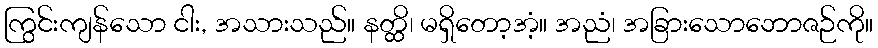
ကြွင်းကျန်သော ငါး, အသားသည်။ နတ္ထိ၊ မရှိတော့အံ့။ အညံ၊ အခြားသောဘောဇဉ်ကို။